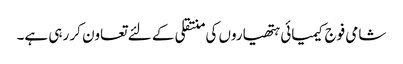
شامی فوج کیمیائی ہتھیاروں کی منتقلی کے لئے تعاون کر رہی ہے۔